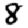
Digit: 8